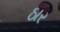
ઠાર